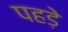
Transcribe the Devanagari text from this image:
पहड़े